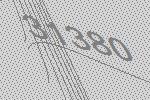
31380